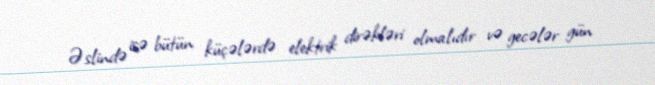
Əslində isə bütün küçələrdə elektrik dirəkləri olmalıdır və gecələr gün